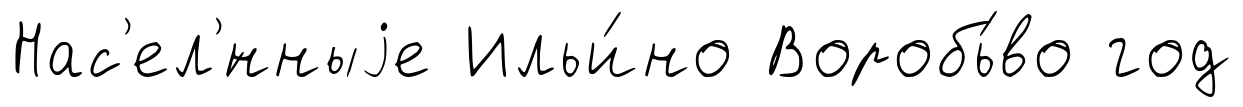
Нас'ел'́нныjе Ильи́но Воробь́во год